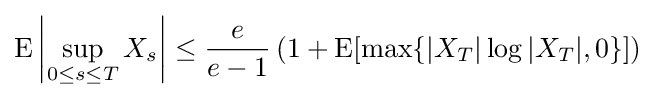
{\text{E}}\left|\sup _{0\leq s\leq T}X_{s}\right|\leq {\frac {e}{e-1}}\left(1+{\text{E}}[\max\{|X_{T}|\log |X_{T}|,0\}]\right)